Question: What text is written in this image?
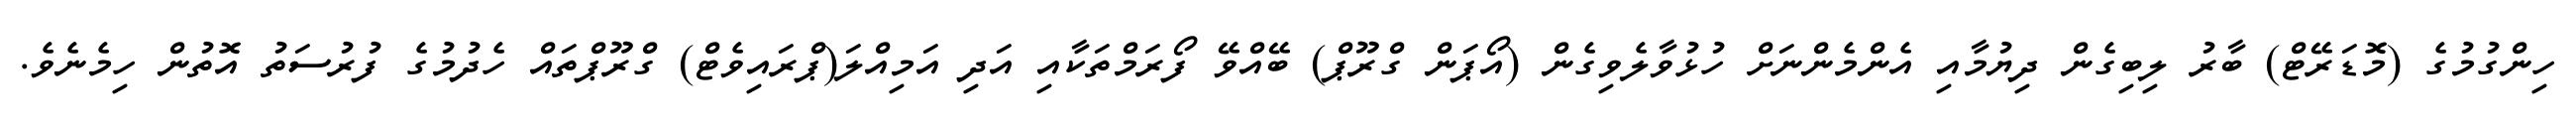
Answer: ހިންގުމުގެ (މޮޑަރޭޓް) ބާރު ލިބިގެން ދިޔުމާއި އެންމެންނަށް ހުޅުވާލެވިގެން (އޯޕަން ގްރޫޕް) ބޭއްވޭ ފޯރަމްތަކާއި އަދި އަމިއްލަ(ޕްރައިވެޓް) ގްރޫޕްތައް ހެދުމުގެ ފުރުސަތު އޮތުން ހިމެނެވެ.